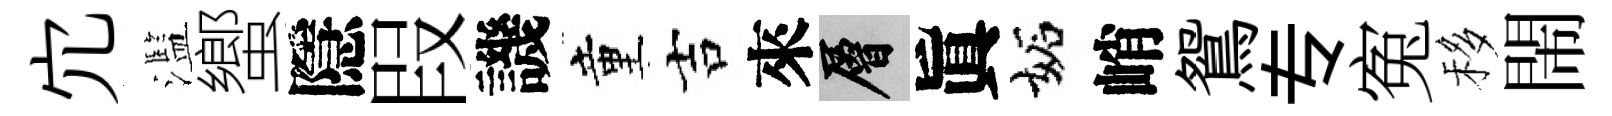
宂濫蠁隱叚譏童吉來層眞妬峭鴛专寃移閙